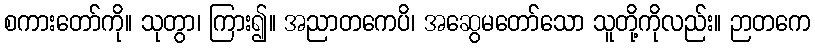
စကားတော်ကို။ သုတွာ၊ ကြား၍။ အညာတကေပိ၊ အဆွေမတော်သော သူတို့ကိုလည်း။ ဉာတကေ